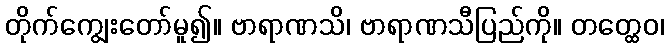
တိုက်ကျွေးတော်မူ၍။ ဗာရာဏသိ၊ ဗာရာဏသီပြည်ကို။ တတ္ထေဝ၊